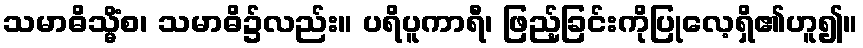
သမာဓိသ္မိံစ၊ သမာဓိ၌လည်း။ ပရိပူကာရီ၊ ဖြည့်ခြင်းကိုပြုလေ့ရှိ၏ဟူ၍။